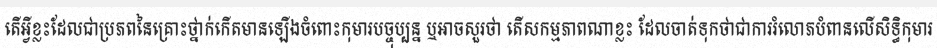
តើអ្វីខ្លះដែលជាប្រភពនៃគ្រោះថ្នាក់កើតមានឡើងចំពោះកុមារបច្ចុប្បន្ន ឬអាចសួរថា តើសកម្មភាពណាខ្លះ ដែលចាត់ទុកថាជាការរំលោភបំពានលើសិទ្ធិកុមារ